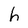
Character: h